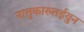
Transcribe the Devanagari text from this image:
नात्तुकारुतईयुन